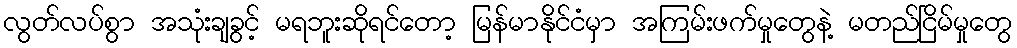
လွတ်လပ်စွာ အသုံးချခွင့် မရဘူးဆိုရင်တော့ မြန်မာနိုင်ငံမှာ အကြမ်းဖက်မှုတွေနဲ့ မတည်ငြိမ်မှုတွေ